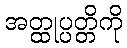
အတ္ထုပ္ပတ္တိကို